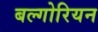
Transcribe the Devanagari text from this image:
बल्गोरियन